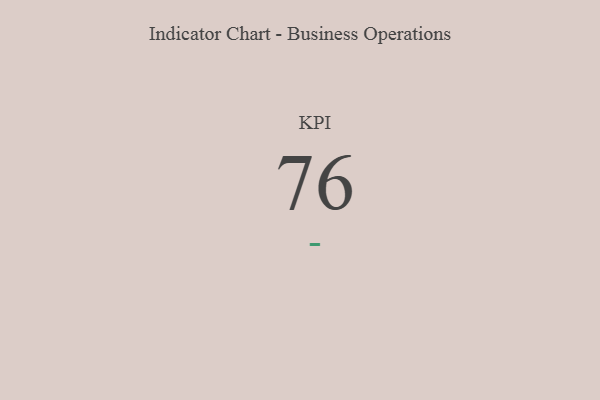
{"axis": {"x": "KPI", "y": "Value"}, "legend": [""], "data": [{"x": "KPI", "y": 76, "type": ""}]}